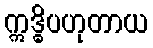
ဣဒ္ဓိပဟုတာယ